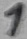
Text: 1